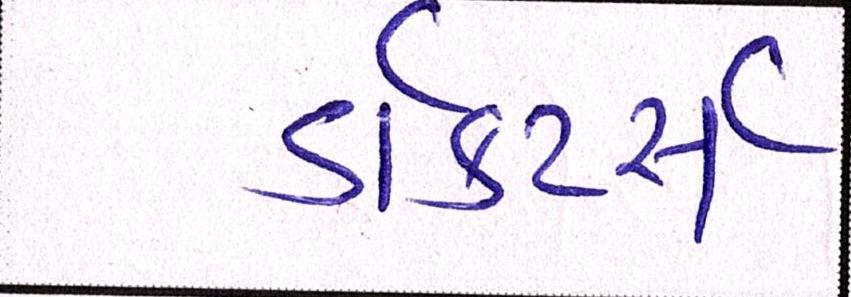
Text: ડૉક્ટર્સ